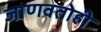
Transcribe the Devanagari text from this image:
जाणवतोही